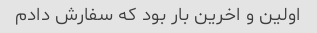
اولین و اخرین بار بود که سفارش دادم